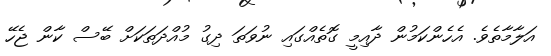
އަލާމާތެވެ. އެހެންކަމުން ދާއިމީ ގޮތެއްގައި ނުވަތަ ދިގު މުއްދަތަކަށް ބޭސް ކާން ޖެހޭ